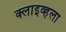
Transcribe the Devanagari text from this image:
क्लाइव्हला